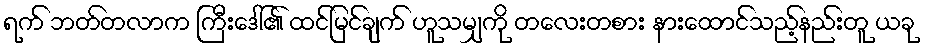
ရက် ဘတ်တလာက ကြီးဒေါ်၏ ထင်မြင်ချက် ဟူသမျှကို တလေးတစား နားထောင်သည့်နည်းတူ ယခု